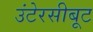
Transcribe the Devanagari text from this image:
उंटेरसीबूट